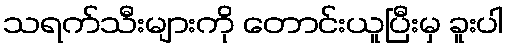
သရက်သီးများကို တောင်းယူပြီးမှ ခူးပါ